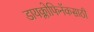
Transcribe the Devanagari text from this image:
डायक्लोफिनॅकसाठी